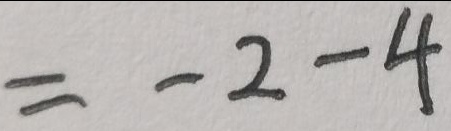
= - 2 - 4